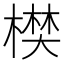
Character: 𣙑